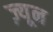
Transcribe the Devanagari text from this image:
ज़्यून